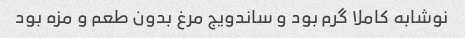
نوشابه کاملا گرم بود و ساندویج مرغ بدون طعم و مزه بود